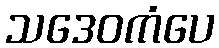
သဒေဝကံပေ